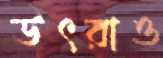
উৎরাও